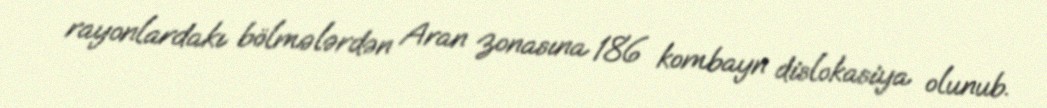
rayonlardakı bölmələrdən Aran zonasına 186 kombayn dislokasiya olunub.